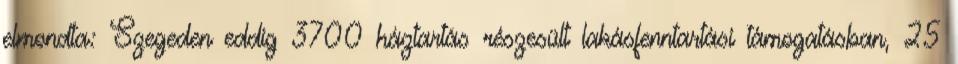
elmondta: Szegeden eddig 3700 háztartás részesült lakásfenntartási támogatásban, 25